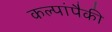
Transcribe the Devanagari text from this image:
कल्पांपैकी